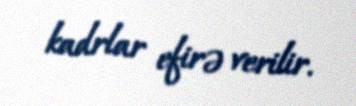
kadrlar efirə verilir.